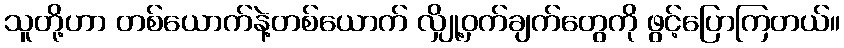
သူတို့ဟာ တစ်ယောက်နဲ့တစ်ယောက် လျှို့ဝှက်ချက်တွေကို ဖွင့်ပြောကြတယ်။